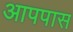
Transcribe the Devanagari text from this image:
आपपास